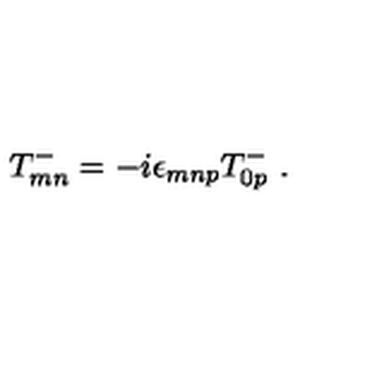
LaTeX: T _ { m n } ^ { - } = - i \epsilon _ { m n p } T _ { 0 p } ^ { - } \ .